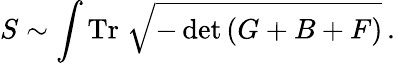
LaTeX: S\sim\int\mathrm{Tr}\; \sqrt{-\operatorname*{det}\left(G+B+F\right)}\, .